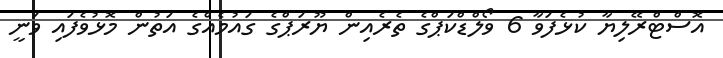
އޮސްޓްރޭލިޔާ ކުޅެފަވާ 6 ވޯލްޑްކަޕްގެ ތެރެއިން ޔޫރަޕްގެ ގައުމެއްގެ އަތުން މޮޅުވެފައި ވަނީ